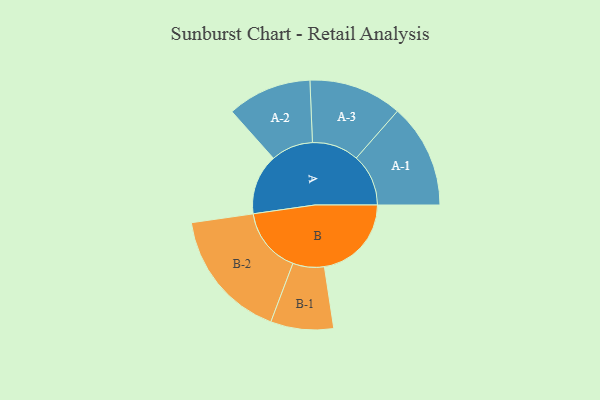
{"axis": {"x": "Segment", "y": "Value"}, "legend": ["", "A", "B"], "data": [{"x": "A", "y": 277, "type": ""}, {"x": "B", "y": 399, "type": ""}, {"x": "A-1", "y": 239, "type": "A"}, {"x": "A-2", "y": 193, "type": "A"}, {"x": "A-3", "y": 214, "type": "A"}, {"x": "B-1", "y": 144, "type": "B"}, {"x": "B-2", "y": 300, "type": "B"}]}